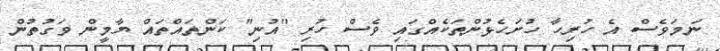
ނަމަވެސް އެ ހުރިހާ ހުށަހެޅުންތަކެއްގައި ވެސް ހުރި "އުނި" ކަންތައްތައް ޔާމީން ވަގުތުން